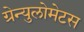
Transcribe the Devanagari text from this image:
ग्रेन्युलोमेटस